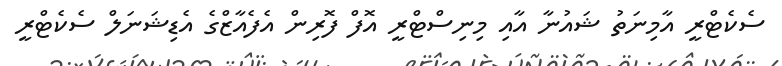
ސެކެޓްރީ އާމިނަތު ޝައުނާ އާއި މިނިސްޓްރީ އޮފް ފޮރިން އެފެއާޒްގެ އެޑިޝަނަލް ސެކެޓްރީ